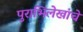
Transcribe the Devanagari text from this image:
पुराभिलेखांचे